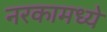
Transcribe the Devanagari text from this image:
नरकामध्ये